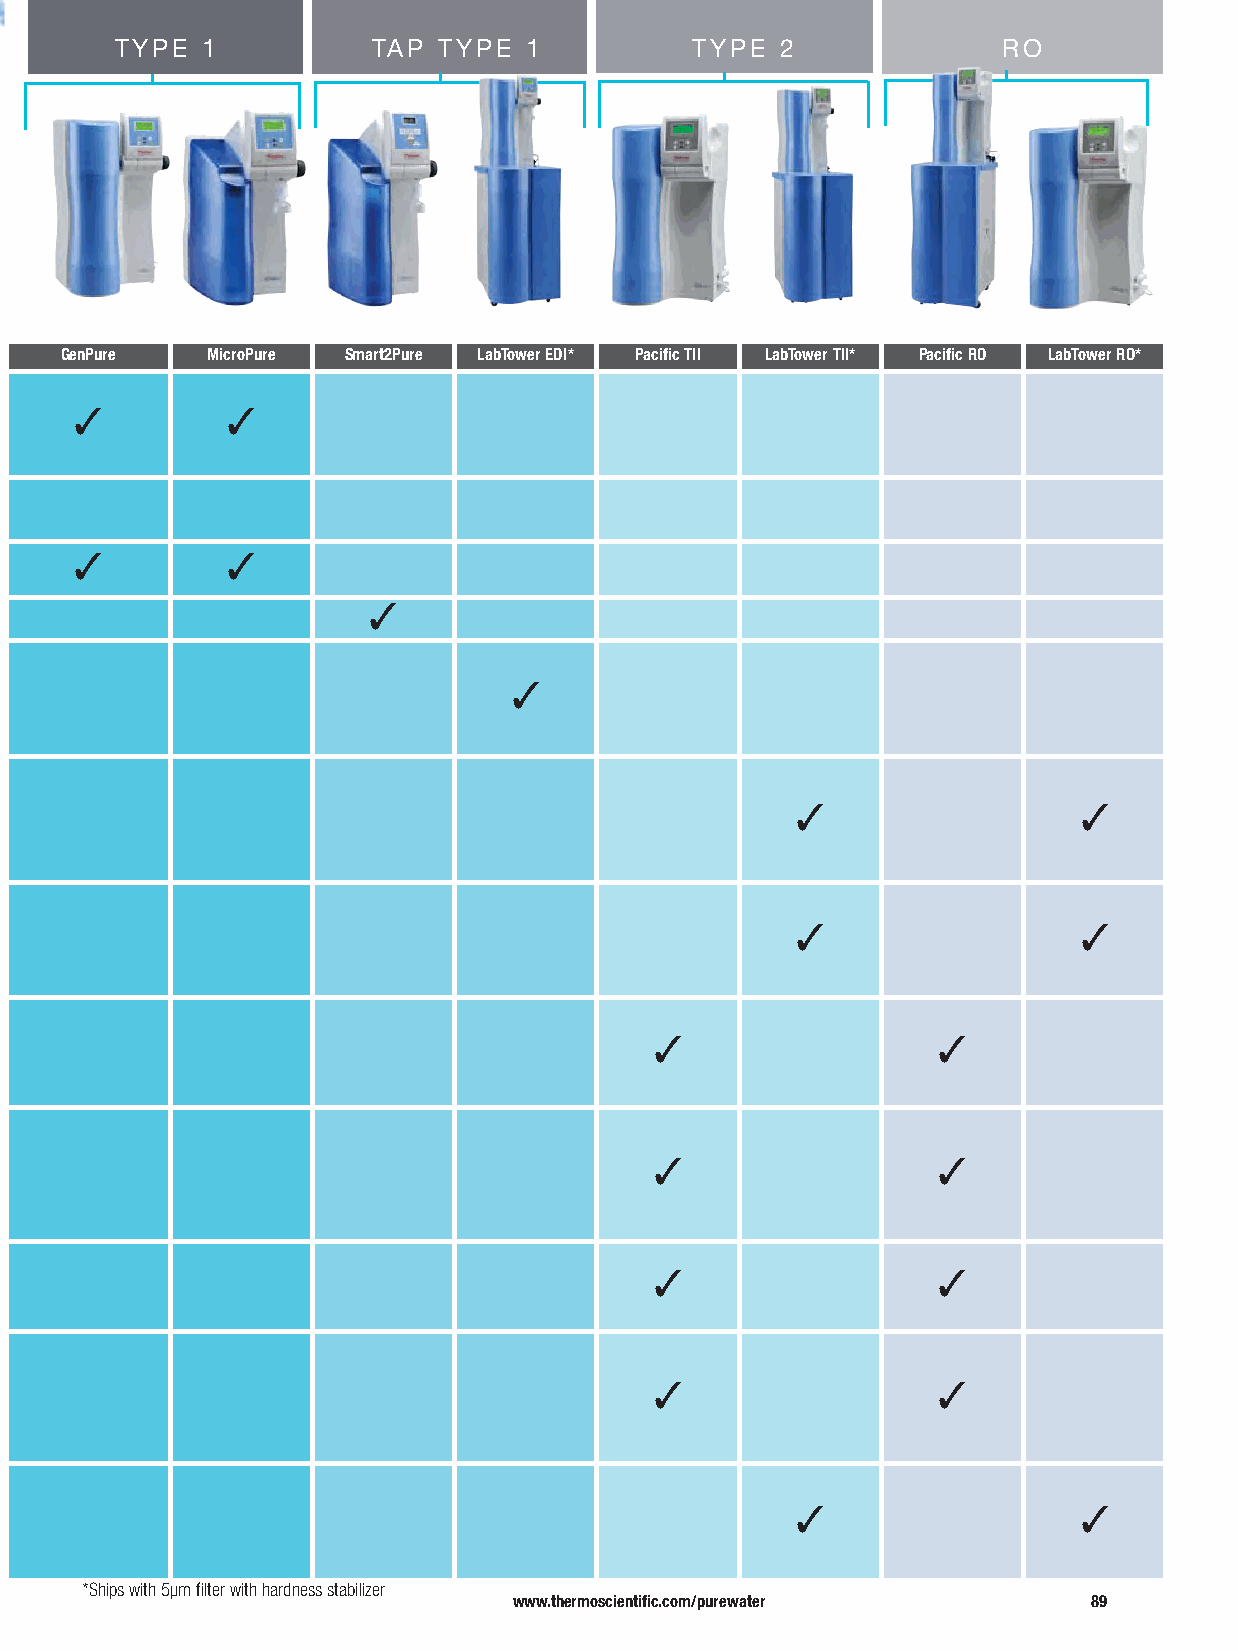
TYPE 1           TAP TYPE  1          TYPE  2             RO
 GenPure   MicroPure Smart2Pure LabTower EDI* Pacific TII LabTower TII* Pacific RO LabTower RO*
 3         3
 3         3
 3
 3
 3                  3
 3                  3
 3                  3
 3                  3
 3                  3
 3                  3
 3                  3
 *Ships with 5μm filter with hardness stabilizer
 www.thermoscientific.com/purewater    89